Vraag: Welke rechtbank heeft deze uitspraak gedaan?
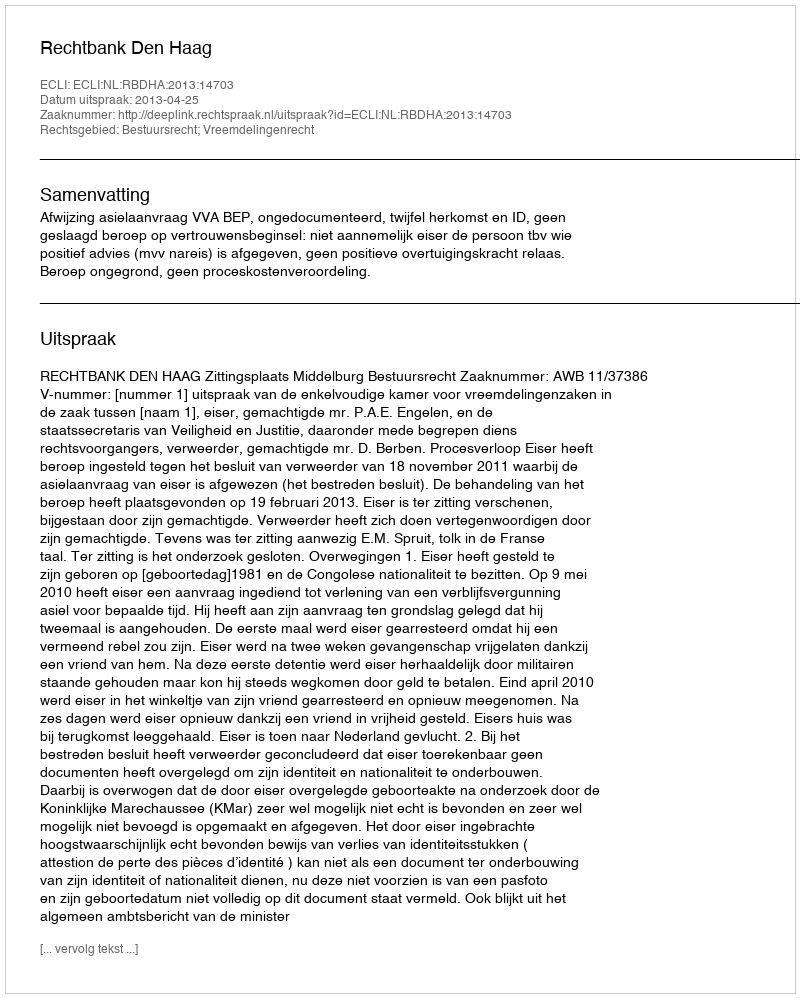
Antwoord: Rechtbank Den Haag